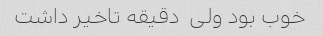
خوب بود ولی  دقیقه تاخیر داشت